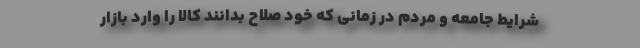
شرایط جامعه و مردم در زمانی که خود صلاح بدانند کالا را وارد بازار